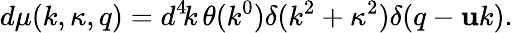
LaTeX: d\mu(k,\kappa,q)=d^{4}\! k\, \theta(k^{0})\delta(k^{2}+\kappa^{2})\delta(q-\mathbf{u}k).